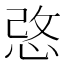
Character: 𢚢